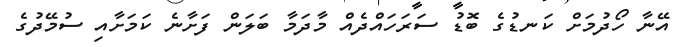
އޭނާ ހޯދުމަށް ކަނޑުގެ ބޮޑު ސަރަހައްދެއް މާދަމާ ބަލަން ފަށާނެ ކަމަށާއި ސުމޭދުގެ